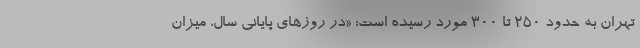
تهران به حدود ۲۵۰ تا ۳۰۰ مورد رسیده است: «در روزهای پایانی سال، میزان